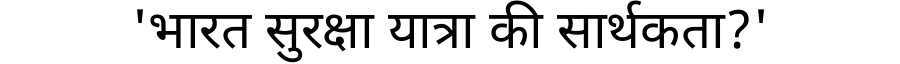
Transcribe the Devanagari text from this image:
'भारत सुरक्षा यात्रा की सार्थकता?'